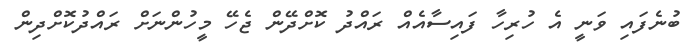
ބުނެފައި ވަނީ އެ ހުރިހާ ފައިސާއެއް ރައްދު ކޮށްދޭން ޖެހޭ މީހުންނަށް ރައްދުކޮށްދިން